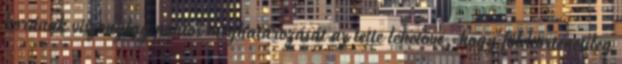
korának viszonylag pontos meghatározását az tette lehetővé, hogy földtörténetileg